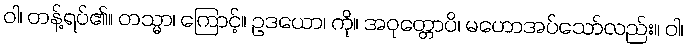
ဝါ၊ တန့်ရပ်၏။ တသ္မာ၊ ကြောင့်။ ဥဒယော၊ ကို။ အဝုတ္တောပိ၊ မဟောအပ်သော်လည်း။ ဝါ၊